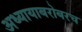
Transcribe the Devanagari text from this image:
अध्यायाबरोबरच